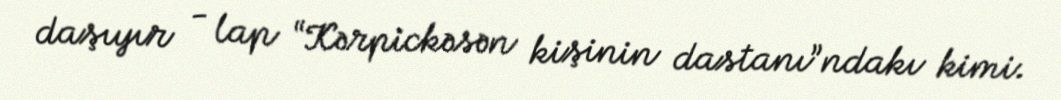
daşıyır - lap “Kərpickəsən kişinin dastanı”ndakı kimi.